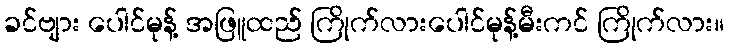
ခင်ဗျား ပေါင်မုန့် အဖြူထည် ကြိုက်လားပေါင်မုန့်မီးကင် ကြိုက်လား။